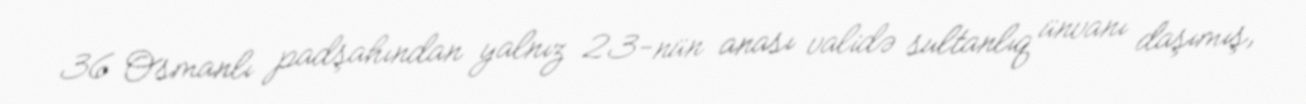
36 Osmanlı padşahından yalnız 23-nün anası validə sultanlıq ünvanı daşımış,